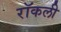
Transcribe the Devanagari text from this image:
रॉकली